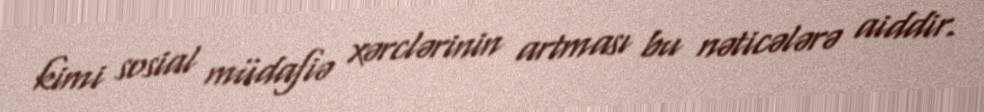
kimi sosial müdafiə xərclərinin artması bu nəticələrə aiddir.